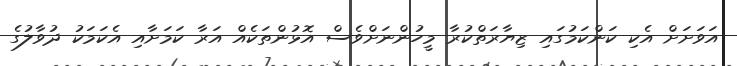
އަވަށަށް އެކި ކަންކަމުގައި ޒިޔާރަތްކުރާ މީހުންނަށްވެސް އޮޅުންތަކެއް އަރާ ކަމަށާއި އެކަމަކު ދުވާލުގެ